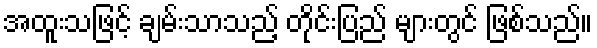
အထူးသဖြင့် ချမ်းသာသည့် တိုင်းပြည် များတွင် ဖြစ်သည်။